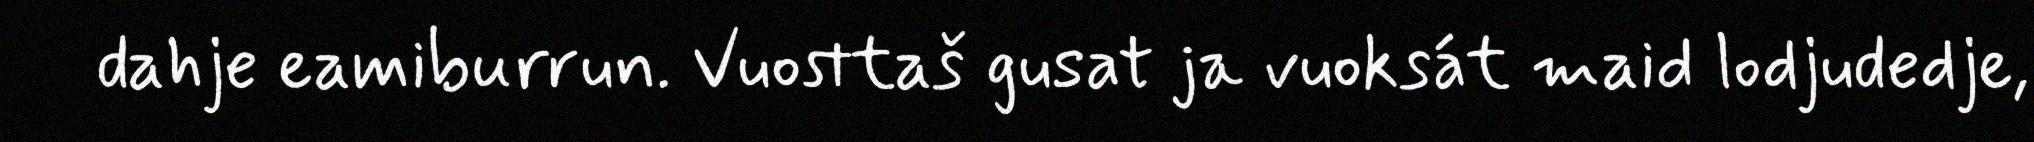
dahje eamiburrun. Vuosttaš gusat ja vuoksát maid lodjudedje,